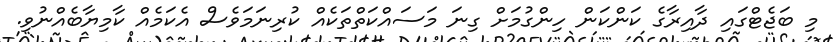
މި ބަޖެޓްގައި ދާއިރާގެ ކަންކަން ހިންގުމަށް ގިނަ މަސައްކަތްތަކެއް ކުރިނަމަވެސް އެކަމެއް ކާމިޔާބެއްނުވި.